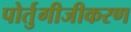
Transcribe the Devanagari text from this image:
पोर्तुगीजीकरण